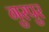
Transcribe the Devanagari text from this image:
गुरपुर